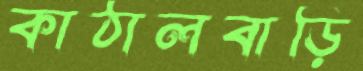
কাঠালবাড়ি